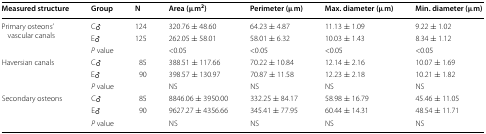
<table><thead><tr><td><b>Measured structure</b></td><td><b>Group</b></td><td><b>N</b></td><td><b>Area (μm<sup>2</sup>)</b></td><td><b>Perimeter (μm)</b></td><td><b>Max. diameter (μm)</b></td><td><b>Min. diameter (μm)</b></td></tr></thead><tbody><tr><td rowspan="3">Primary osteons’ vascular canals</td><td>C♂</td><td>124</td><td>320.76 ± 48.60</td><td>64.23 ± 4.87</td><td>11.13 ± 1.09</td><td>9.22 ± 1.02</td></tr><tr><td>E♂</td><td>125</td><td>262.05 ± 58.01</td><td>58.01 ± 6.32</td><td>10.03 ± 1.43</td><td>8.34 ± 1.12</td></tr><tr><td colspan="2"><i>P</i> value</td><td>&lt;0.05</td><td>&lt;0.05</td><td>&lt;0.05</td><td>&lt;0.05</td></tr><tr><td rowspan="3">Haversian canals</td><td>C♂</td><td>85</td><td>388.51 ± 117.66</td><td>70.22 ± 10.84</td><td>12.14 ± 2.16</td><td>10.07 ± 1.69</td></tr><tr><td>E♂</td><td>90</td><td>398.57 ± 130.97</td><td>70.87 ± 11.58</td><td>12.23 ± 2.18</td><td>10.21 ± 1.82</td></tr><tr><td colspan="2"><i>P</i> value</td><td>NS</td><td>NS</td><td>NS</td><td>NS</td></tr><tr><td rowspan="3">Secondary osteons</td><td>C♂</td><td>85</td><td>8846.06 ± 3950.00</td><td>332.25 ± 84.17</td><td>58.98 ± 16.79</td><td>45.46 ± 11.05</td></tr><tr><td>E♂</td><td>90</td><td>9627.27 ± 4356.66</td><td>345.41 ± 77.95</td><td>60.44 ± 14.31</td><td>48.54 ± 11.71</td></tr><tr><td colspan="2"><i>P</i> value</td><td>NS</td><td>NS</td><td>NS</td><td>NS</td></tr></tbody></table>